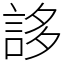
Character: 誃